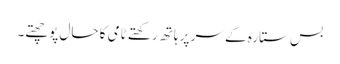
بس ستارہ کے سر پر ہاتھ رکھتے ٹامی کا حال پوچھتے۔